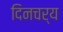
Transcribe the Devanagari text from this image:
दिनचर्य